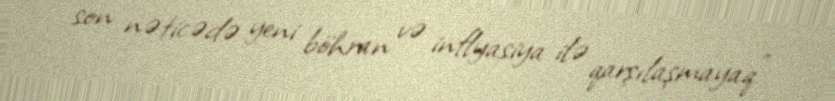
son nəticədə yeni böhran və inflyasiya ilə qarşılaşmayaq”.